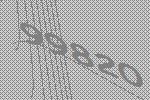
99820